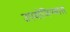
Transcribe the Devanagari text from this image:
उपयोजिण्यास